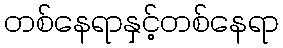
တစ်နေရာနှင့်တစ်နေရာ